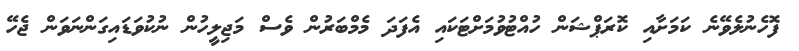
ފޮހެނުލެވޭނެ ކަމަށާއި ކޮރަޕްޝަން ހުއްޓުވުމަށްޓަކައި އެފަދަ މެމްބަރުން ވެސް މަޖިލީހުން ނުކުވަޑައިގަންނަވަން ޖެހޭ